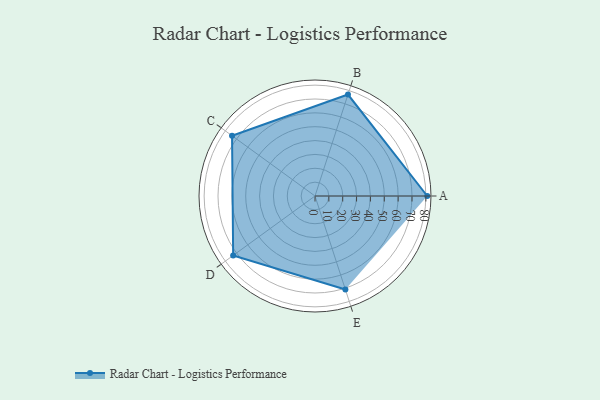
{"axis": {"x": "Skill", "y": "Score"}, "legend": ["Profile"], "data": [{"x": "A", "y": 81.0, "type": "Profile"}, {"x": "B", "y": 77.0, "type": "Profile"}, {"x": "C", "y": 74.0, "type": "Profile"}, {"x": "D", "y": 73.0, "type": "Profile"}, {"x": "E", "y": 71.0, "type": "Profile"}]}